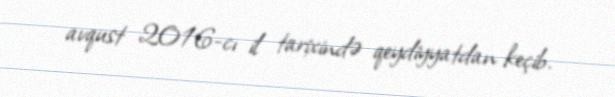
avqust 2016-cı il tarixində qeydiyyatdan keçib.